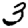
Digit: 3